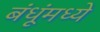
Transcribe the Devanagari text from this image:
बंधूंमध्ये